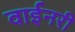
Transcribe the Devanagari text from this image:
वाईनरी